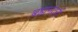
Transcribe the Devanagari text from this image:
ब्रह्मनंदनी